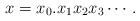
LaTeX: \begin{align*}x=x_0.x_1x_2x_3 \cdots .\end{align*}